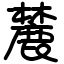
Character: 麓